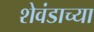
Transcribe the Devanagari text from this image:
शेवंडाच्या